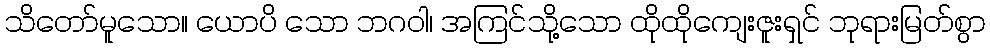
သိတော်မူသော။ ယောပိ သော ဘဂဝါ၊ အကြင်သို့သော ထိုထိုကျေးဇူးရှင် ဘုရားမြတ်စွာ